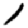
Digit: 1